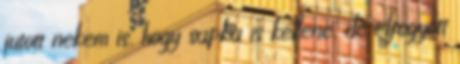
jutott nekem is, hogy sapka is kellene, de elfogyott